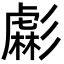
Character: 虨